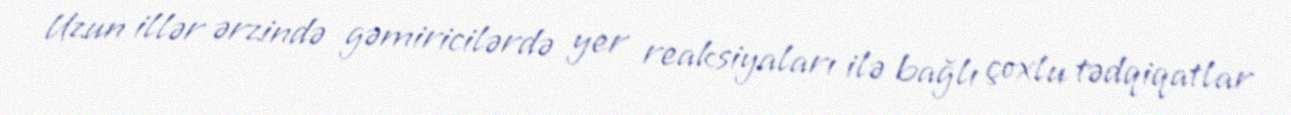
Uzun illər ərzində gəmiricilərdə yer reaksiyaları ilə bağlı çoxlu tədqiqatlar